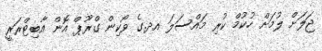
ޖަލަށް ލުމަށް ހުކުމް ކުރި މައްސަލަ އދ.ގެ ވޯކިން ގްރޫޕް އޮން އާބިޓްރަރީ